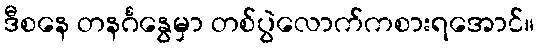
ဒီစနေ တနင်္ဂနွေမှာ တစ်ပွဲလောက်ကစားရအောင်။